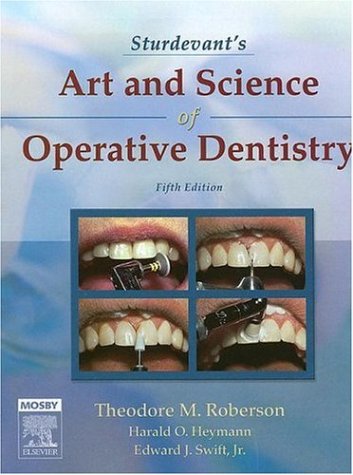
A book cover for Sturdevant's Art and Science of Operative Dentistry, 5e (Roberson, Sturdevant's Art and Science of Operative Dentistry); Theodore Roberson; Medical Books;